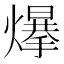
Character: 𤐲